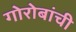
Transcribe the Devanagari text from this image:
गोरोबांची